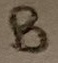
Text: B